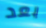
بعد